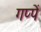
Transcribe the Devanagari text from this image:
गप्पें